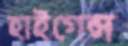
হাইগেন্স